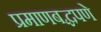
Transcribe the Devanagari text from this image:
प्रमाणबद्धपणे